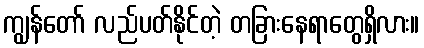
ကျွန်တော် လည်ပတ်နိုင်တဲ့ တခြားနေရာတွေရှိလား။